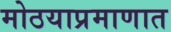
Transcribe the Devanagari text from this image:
मोठयाप्रमाणात